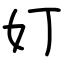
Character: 奵